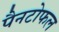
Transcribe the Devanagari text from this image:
पैनटोफल